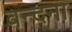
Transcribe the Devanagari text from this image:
वन्‍दना